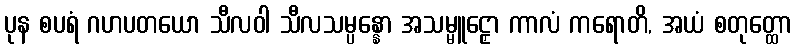
ပုန စပရံ ဂဟပတယော သီလဝါ သီလသမ္ပန္နော အသမ္မူဠှော ကာလံ ကရောတိ, အယံ စတုတ္ထော